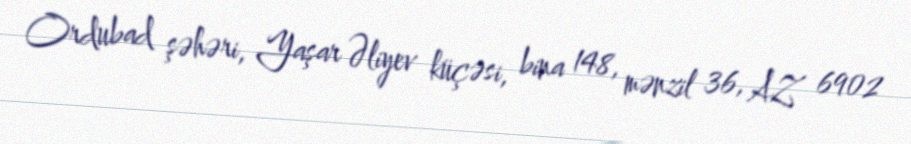
Ordubad şəhəri, Yaşar Əliyev küçəsi, bina 148, mənzil 36, AZ 6902